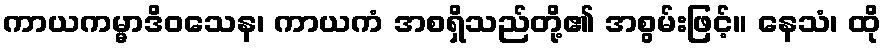
ကာယကမ္မာဒိဝသေန၊ ကာယကံ အစရှိသည်တို့၏ အစွမ်းဖြင့်။ နေသံ၊ ထို